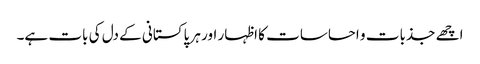
اچھے جذبات و احساسات کا اظہار اور ہر پاکستانی کے دل کی بات ہے۔